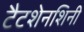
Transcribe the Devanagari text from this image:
टैटशेनशिनी